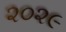
૨૦૨૯